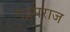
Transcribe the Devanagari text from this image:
पद्रमराज